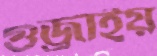
গুজ্‌রাইয়